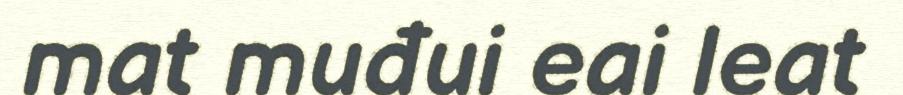
mat muđui eai leat